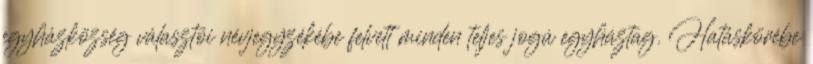
egyházközség választói névjegyzékébe felvett minden teljes jogú egyháztag. Hatáskörébe